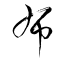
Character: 布